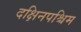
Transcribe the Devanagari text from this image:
दक्षिनपश्चिम